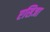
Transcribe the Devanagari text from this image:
एसिजा